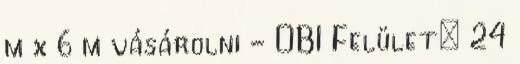
m x 6 m vásárolni - OBI Felület: 24